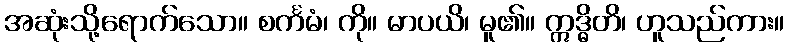
အဆုံးသို့ရောက်သော။ စင်္ကမံ၊ ကို။ မာပယိ၊ မူ၏။ ဣဒ္ဓိတိ၊ ဟူသည်ကား။